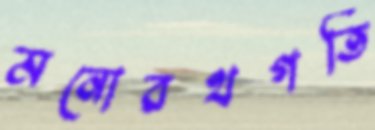
মনোরথগতি